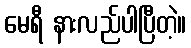
မေရီ နားလည်ပါပြီတဲ့။